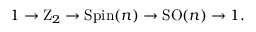
1 \to \mathrm { Z } _ { 2 } \to \operatorname { S p i n } ( n ) \to \operatorname { S O } ( n ) \to 1 .